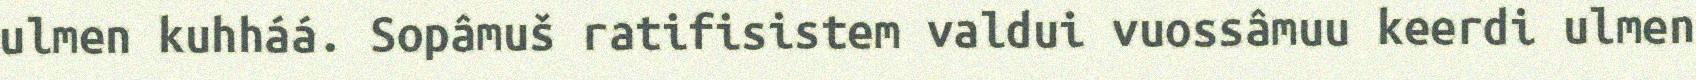
ulmen kuhháá. Sopâmuš ratifisistem valdui vuossâmuu keerdi ulmen